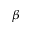
\beta